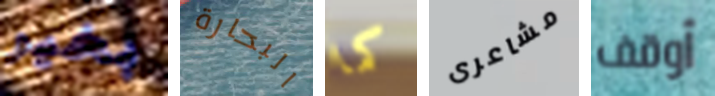
بخير البحارة كما مشاعرى أوقف